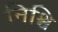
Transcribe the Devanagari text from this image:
निश्चि